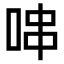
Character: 𠳡